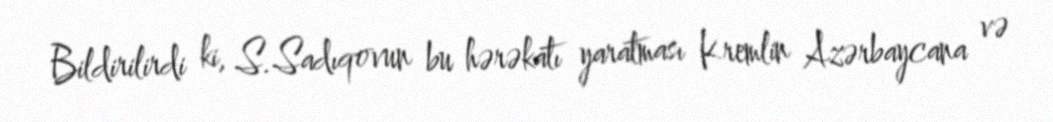
Bildirilirdi ki, S.Sadıqovun bu hərəkatı yaratması Kremlin Azərbaycana və